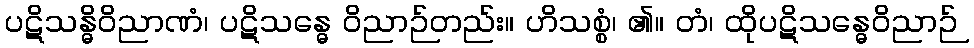
ပဋိသန္ဓိဝိညာဏံ၊ ပဋိသန္ဓေ ဝိညာဉ်တည်း။ ဟိသစ္စံ၊ ၏။ တံ၊ ထိုပဋိသန္ဓေဝိညာဉ်